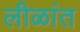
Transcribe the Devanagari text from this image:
लीळांत